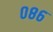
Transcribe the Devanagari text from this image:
०८६